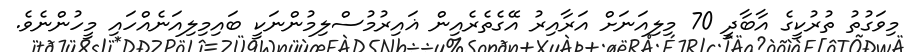
މިވަގުތު ތުރުކީގެ އާބާދީ 70 މިލިއަނަށް އަރާއިރު އޭގެތެރެއިން ޣައިރުމުސްލިމުންނަކީ ބައިމިލިއަނެއްހައި މީހުންނެވެ.